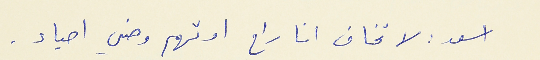
اسعد : لا تخاف انا راح اوتهم وهني احياء.